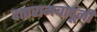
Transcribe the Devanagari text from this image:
दत्तारामबापूंनी